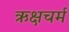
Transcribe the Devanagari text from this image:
ऋक्षचर्म